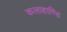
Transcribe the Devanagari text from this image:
कलाहाण्डि